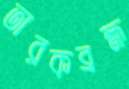
তারকব্রহ্ম